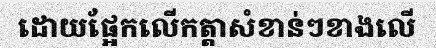
ដោយផ្អែកលើកត្តាសំខាន់ៗខាងលើ